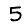
Digit: 5